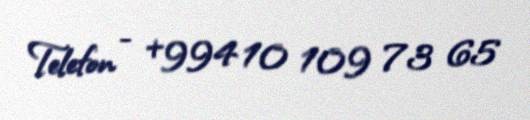
Telefon - +994 10 109 73 65